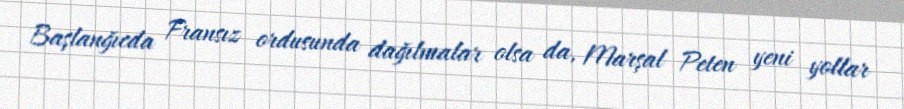
Başlanğıcda Fransız ordusunda dağılmalar olsa da, Marşal Peten yeni yollar